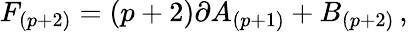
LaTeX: F_{(p+2)}=(p+2)\partial A_{(p+1)}+B_{(p+2)}\, ,